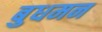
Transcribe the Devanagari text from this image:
बुधमन